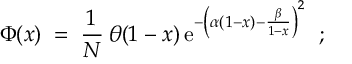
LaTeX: \Phi ( { x } ) \; = \; \frac { 1 } { N } \: \theta ( 1 - { x } ) \, \mathrm { e } ^ { - \left( \alpha ( 1 - { x } ) - \frac { \beta } { 1 - { x } } \right) ^ { 2 } } \; \; ;